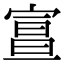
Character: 𡩦